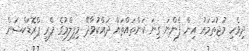
ދިވެހި މުޖުތަމައު އިން ފެންނަ ގިނަ ކަންތައްތައް ދައްކުވާދޭ މިފިލްމުގެ ޕްރީ ޕްރޮޑަކްޝަން